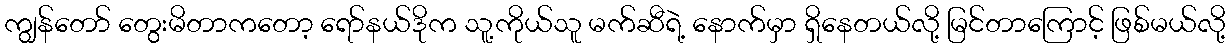
ကျွန်တော် တွေးမိတာကတော့ ရော်နယ်ဒိုက သူ့ကိုယ်သူ မက်ဆီရဲ့ နောက်မှာ ရှိနေတယ်လို့ မြင်တာကြောင့် ဖြစ်မယ်လို့